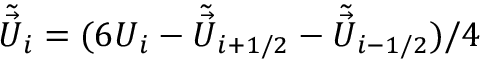
\tilde { \vec { U } } _ { i } = ( 6 \boldsymbol { U } _ { i } - \tilde { \vec { U } } _ { i + 1 / 2 } - \tilde { \vec { U } } _ { i - 1 / 2 } ) / 4